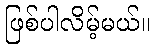
ဖြစ်ပါလိမ့်မယ်။